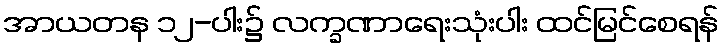
အာယတန ၁၂-ပါး၌ လက္ခဏာရေးသုံးပါး ထင်မြင်စေရန်